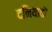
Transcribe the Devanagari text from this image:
दनियावॉ